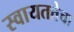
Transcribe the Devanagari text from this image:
स्वायतत्तेचा